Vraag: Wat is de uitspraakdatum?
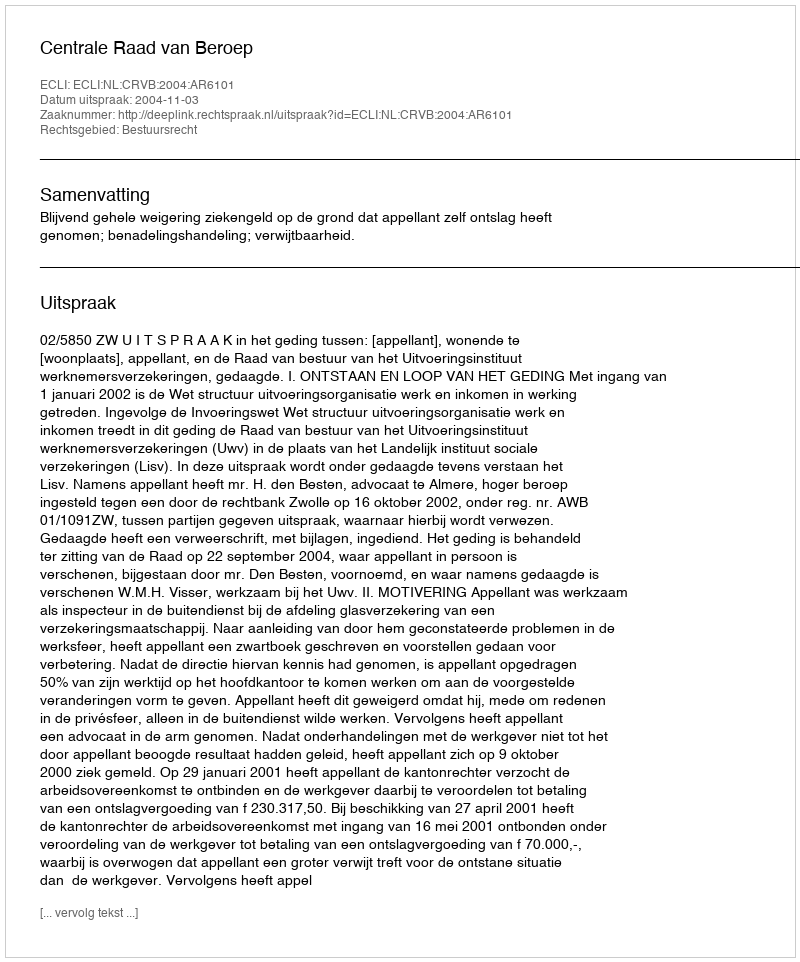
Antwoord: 2004-11-03